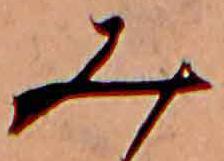
み